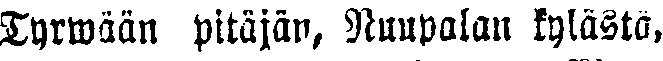
Tyrwään pitäjän, Nuupalan kylästä,